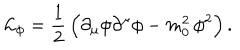
{ \cal L } _ { \phi } = \frac { 1 } { 2 } \, \Bigl ( \partial _ { \mu } \phi \partial ^ { \mu } \phi - m _ { 0 } ^ { 2 } \, \phi ^ { 2 } \Bigr ) \, .